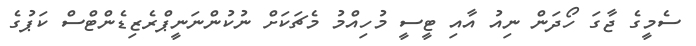
ސެމީގެ ޖާގަ ހޯދަން ނިއު އާއި ޓީސީ މުހިއްމު މެޗަކަށް ނުކުންނަނީޕްރެޒިޑެންޓްސް ކަޕުގެ